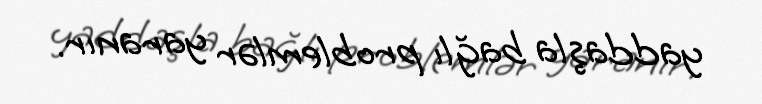
yaddaşla bağlı problemlər yaranır.